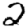
Digit: 2